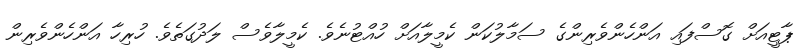
ޕާޓީއަށް ގޮސްފައި އަންހެންވެރިންގެ ސަމާލުކަން ކެމީލާއަށް ހުއްޓުނެވެ. ކެމީލާވެސް ލަދުގަތެވެ. ހުރިހާ އަންހެންވެރިން